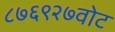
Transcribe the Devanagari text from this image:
८७६९२७वोट